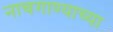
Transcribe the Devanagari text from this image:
नाचगाण्याच्या